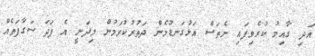
އަދި ގާއިމު ކުރެވިފައި ނެތަސް އަޅުގަނޑުމެން ދަތުރުކުރަމުން މިދަނީ އެ ފަދަ ސަގާފަތެއް